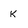
Character: K